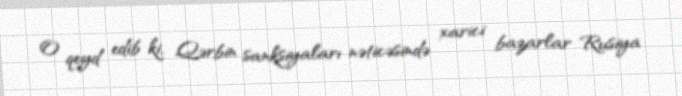
O qeyd edib ki, Qərbin sanksiyaları nəticəsində xarici bazarlar Rusiya